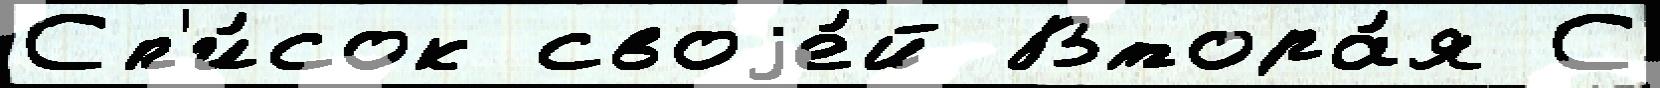
Сп'и́сок своjе́й Втора́я С